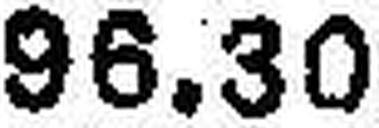
96.30